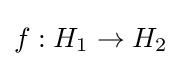
f:H_{1}\to H_{2}